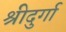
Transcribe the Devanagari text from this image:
श्रीदुर्गा